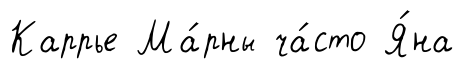
Каррье Ма́рны ча́сто Я́на